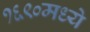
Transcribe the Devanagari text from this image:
१६९०मध्ये